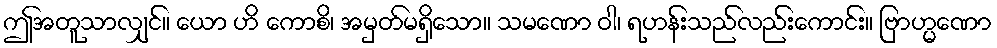
ဤအတူသာလျှင်။ ယော ဟိ ကောစိ၊ အမှတ်မရှိသော။ သမဏော ဝါ၊ ရဟန်းသည်လည်းကောင်း။ ဗြာဟ္မဏော